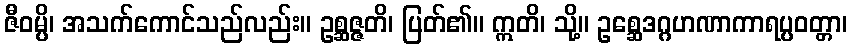
ဇီဝမ္ပိ၊ အသက်ကောင်သည်လည်း။ ဥစ္ဆဇ္ဇတိ၊ ပြတ်၏။ ဣတိ၊ သို့။ ဥစ္ဆေဒဂ္ဂဟဏာကာရပ္ပဝတ္တာ၊